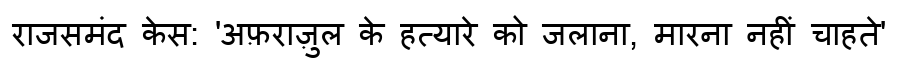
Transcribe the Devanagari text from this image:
राजसमंद केस: 'अफ़राज़ुल के हत्यारे को जलाना, मारना नहीं चाहते'